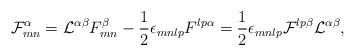
LaTeX: \begin{align*}{\cal F}^\alpha_{mn}={\cal L}^{\alpha\beta}F^\beta_{mn}-{1\over 2}\epsilon_{mnlp}F^{lp\alpha}={1\over 2}\epsilon_{mnlp}{\cal F}^{lp\beta}{\cal L}^{\alpha\beta},\end{align*}